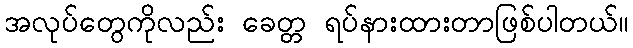
အလုပ်တွေကိုလည်း ခေတ္တ ရပ်နားထားတာဖြစ်ပါတယ်။